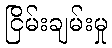
ငြိမ်းချမ်းမှု